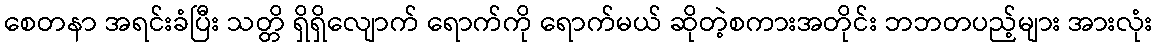
စေတနာ အရင်းခံပြီး သတ္တိ ရှိရှိလျောက် ရောက်ကို ရောက်မယ် ဆိုတဲ့စကားအတိုင်း ဘဘတပည့်များ အားလုံး